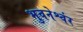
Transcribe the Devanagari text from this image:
भुवनेश्वंर